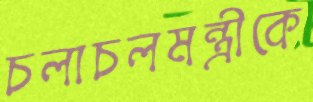
চলাচলমন্ত্রীকে